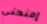
إمنحني